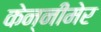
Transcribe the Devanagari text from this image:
केन्नीमेर